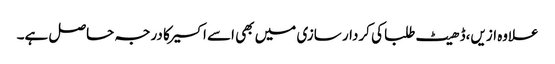
علاوه ازیں،ڈھیٹ طلبا کی کردار سازی میں بھی اسے اکسیر کا درجہ حاصل ہے۔